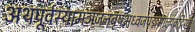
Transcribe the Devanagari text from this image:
अथपूर्वस्यामञजनबृषभध्वजपद्ममाल्यवद्गिरयः।